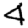
Digit: 4